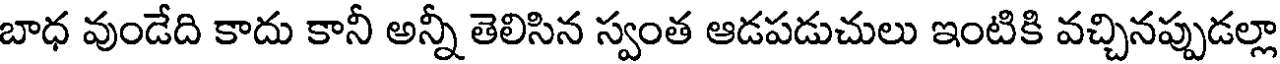
బాధ వుండేది కాదు కానీ అన్నీ తెలిసిన స్వంత ఆడపడుచులు ఇంటికి వచ్చినప్పుడల్లా